Annual report of the Civil Veterinary Department, Bengal, for the year 1897-98 - 1897-1898
Year: 1897
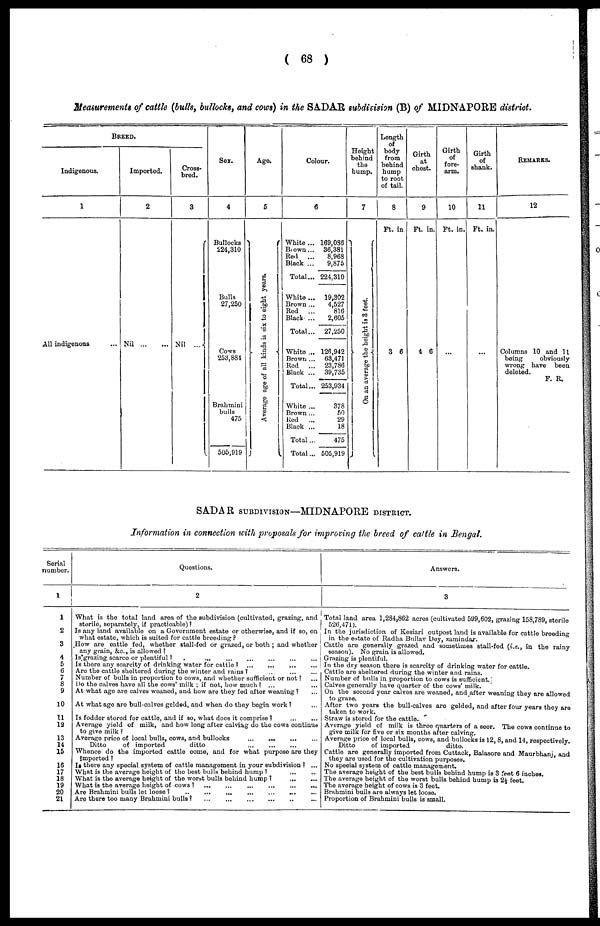
( 68 )
Measurements of cattle (bulls, bullocks, and cows) in the SADAR subdivision (B) of MIDNAPORE district.
BREED.
Indigenous.
1
All indigenons ...
Imported.
2
Nil ... ...
Cross-
bred.
3
Nil
...
Sex.
4
Bullocks
224,310
Bulls
27,250
Cows
253,834
Brahmini
bulls
475
505,919
Ago.
5
Ave r
a ge age of al l k i n d s is six to eight years.
Colour.
6
White ... 169,036
Brown ...
36,381
Red
...
8,968
Black ...
9,875
Total... 224,310
White...
19,302
Brown ...
4,527
Red
...
816
Black ...
2,605
Total...
27,250
Whito ... 126,942
Brown ...
63,471
Red
...
23,786
Black ...
39,735
Total... 253,934
White ...
378
Brown...
50
Red
...
29
Black ...
18
Total ...
475
Total... 505,919
Height
behind
the
hump.
7
On an a v e r a g e t he h e i g h t is 3 feet .
Length
of
body
from
behind
hump
to root
of tail.
8
Ft. in
3 6
Girth
at
chest.
9
Ft. in.
4 6
Girth
of
fore-
arm.
10
Ft. in.
...
Girth
of
shank.
11
Ft. in.
...
REMARKS.
12
Columns 10 and 11
being
obviously
wrong have been
deleted.
F. R.
SADAR SUBDIVISION—MIDNAPORE DISTRICT.
Information in connection with proposals for improving the breed of cattle in Bengal.
Serial
number.
1
1
2
3
4
5
6
7
8
9
10
11
12
13
14
15
16
17
18
19
20
21
Questions.
2
What is the total land area of the subdivision (cultivated, grazing, and
sterile, separately, if practicable) ?
Is any land available on a Government estate or otherwise, and if so, on
what estate, which is suited for cattle breeding ?
How are cattle fed, whether stall-fed or grazed, or both ; and whether
any grain, &c, is allowed ?
Is grazing scarce or plentiful ? ... ... ... ... ... ...
Is there any scarcity of drinking water for cattle ? ... ... ... ...
Are the cattle sheltered during the winter and rains ? ... ... ...
Number of bulls in proportion to cows, and whether sufficient or not ? ...
Do the calves have all the cows' milk ; if not, how much ? ... ...
At what ago are calves weaned, and how are they fed after weaning ? ...
At what ago are bull-calves gelded, and when do they begin work ? ...
Is fodder stored for cattle, and if so, what docs it comprise ? ... ...
Average yield of milk, and how long after calving do the cows continue
to give milk ?
Average price of local bulls, cows, and bullocks ... ... ... ...
Ditto
of imported
ditto ... ... ... ...
Whence do the imported cattle come, and for what purpose are they
Imported ?
Is there any special system of cattle management in your subdivision ? ...
What is the average height of the best bulls behind hump ? ... ...
What is the average height of the worst bulls behind hump ? ... ...
What is the average height of cows ?
...
...
...
...
...
...
Are Brahmini bulls lot loose ? ... ... ... ... ... ... ...
Are there too many Brahmini bulls ? ... ... ... ... ... ...
Answers.
3
Total land area 1,284,862 acres (cultivated 599,602, grazing 158,789. sterile
526,471).
In the jurisdiction of Kesiari outpost land is available for cattle breeding
in the estate of Radha Bullav Dey, zamindar.
Cattle are generally grazed and sometimes stall-fed (i.e., in the rainy
season). No grain is allowed.
Grazing is plentiful.
In the dry season there is scarcity of drinking water for cattle.
Cattle are sheltered during the winter and rains.
Number of bulls in proportion to cows is sufficient.
Calves generally have quarter of the cows' milk.
On the second year calves are weaned, and after weaning they are allowed
to graze.
After two years the bull-calves are gelded, and after four years they are
taken to work.
Straw is stored for the cattle.
Average yield of milk is three quarters of a seor. The cows continue to
give milk for five or six months after calving.
Average price of local bulls, cows, and bullocks is 12, 8, and 14, respectively.
Ditto
of imported
ditto.
Cattle are generally imported from Cuttack, Balasore and Maurbhanj, and
they are used for the cultivation purposes.
No special system of cattle management.
The average height of the best bulls behind hump is 3 foot 6 inches.
The average height of the worst bulls behind hump is 2½ feet.
The average height of cows is 3 feet.
Brahmini bulls are always let loose.
Proportion of Brahmini bulls is small.